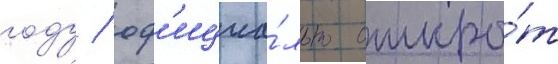
году / оф'ициа́льно откры́т